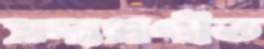
সদ্যপ্রণীত